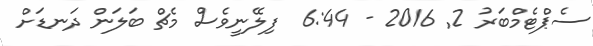
ސެޕްޓެމްބަރު 2